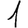
Digit: 1